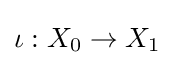
\iota :X_{0}\to X_{1}